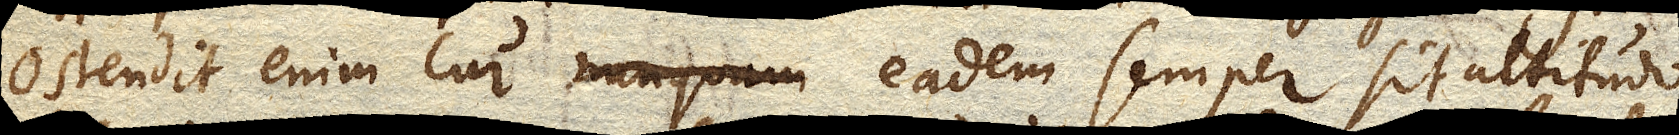
Ostendit enim cur nunquam eadem semper sit altitudo